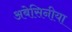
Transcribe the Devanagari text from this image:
अबेसिनीया